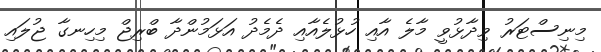
މިނިސްޓަރު ވިދާޅުވީ މާލެ އާއި ހުޅުލެއާއި ދެމެދު އަޅަމުންދާ ބްރިޖް މިހިނގާ ޖުލައި